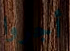
أجروا